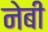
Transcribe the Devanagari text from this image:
नेबी